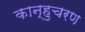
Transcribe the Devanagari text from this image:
कान्हुचरण